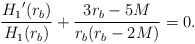
\begin{align*}\frac{{H_1}^{\prime}(r_b)}{H_1(r_b)} + \frac{3r_b-5M}{r_b(r_b-2M)}=0.\end{align*}